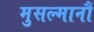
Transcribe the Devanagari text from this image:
मुसल्मानौं